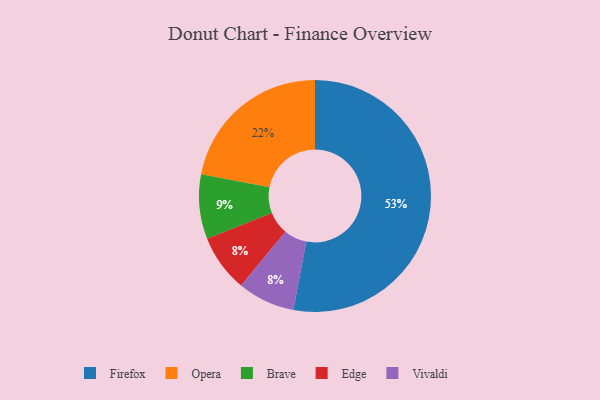
{"axis": {"x": "Category", "y": "Percentage"}, "legend": ["Brave", "Edge", "Firefox", "Opera", "Vivaldi"], "data": [{"x": "Edge", "y": 8, "type": "Edge"}, {"x": "Vivaldi", "y": 8, "type": "Vivaldi"}, {"x": "Opera", "y": 22, "type": "Opera"}, {"x": "Brave", "y": 9, "type": "Brave"}, {"x": "Firefox", "y": 53, "type": "Firefox"}]}